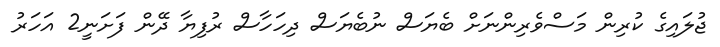
ޖުލައިގެ ކުރިން މަސްވެރިންނަށް ބެޔަސް ނުބެޔަސް ދިހަހާސް ރުފިޔާ ދޭން ފަށަނީ2 އަހަރު